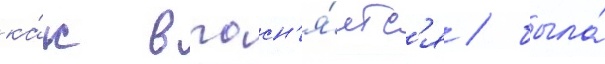
ка́к выасн'я́етс'я / была́